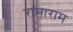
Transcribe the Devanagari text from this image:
रामाराम